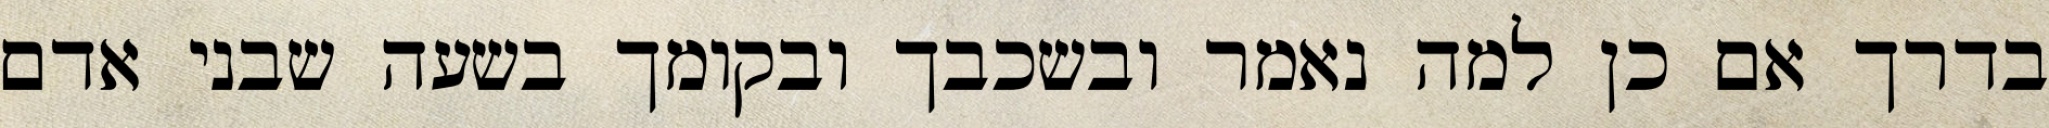
בדרך אם כן למה נאמר ובשכבך ובקומך בשעה שבני אדם